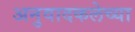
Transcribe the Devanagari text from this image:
अनुवादकलेच्या